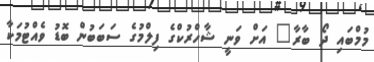
މުމްބައި ދޯ ބާރާ" އަށް ވަނީ ޝާހްރުކްގެ ފިލްމުގެ ސަބަބުން ބޮޑު ވެއްޓުމަކާ